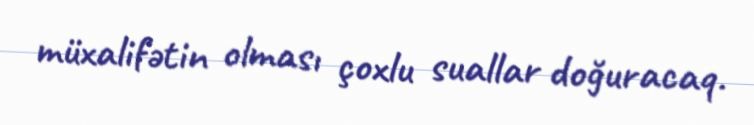
müxalifətin olması çoxlu suallar doğuracaq.